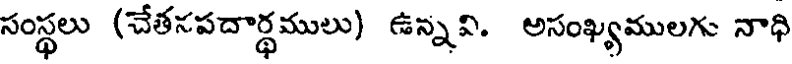
సంస్థలు (చేతనపదార్థములు) ఉన్నవి. అసంఖ్యములగు నాధి